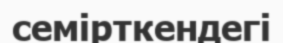
семірткендегі